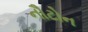
નૌટોન